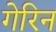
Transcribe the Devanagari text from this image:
गेरिन